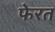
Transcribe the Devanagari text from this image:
फेरत